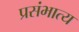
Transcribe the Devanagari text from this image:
प्रसंभात्य